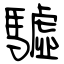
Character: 驉